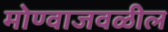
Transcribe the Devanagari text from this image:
मोण्वाजवळील